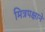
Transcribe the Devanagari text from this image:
मित्रपक्षाने